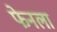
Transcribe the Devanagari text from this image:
फेनला